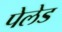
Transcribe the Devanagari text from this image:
पेलेड